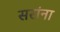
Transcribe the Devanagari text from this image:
सरांना